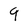
Character: 9